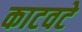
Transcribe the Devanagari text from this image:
काटवटे